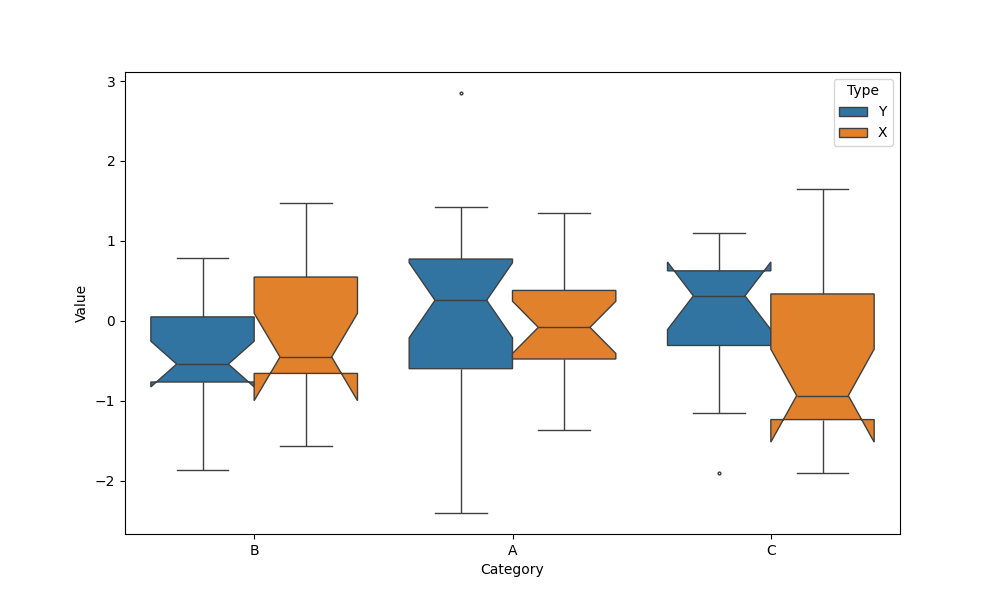
python, seaborn, boxplot, width=0.8, linewidth=1, fliersize=2, notch=True